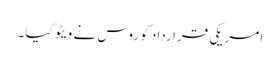
امریکی قرارداد کو روس نے ویٹو کیا۔